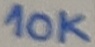
Text: 10K